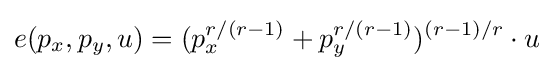
e(p_{x},p_{y},u)=(p_{x}^{r/(r-1)}+p_{y}^{r/(r-1)})^{(r-1)/r}\cdot u